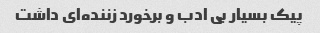
پیک بسیار بی ادب و برخورد زننده‌ای داشت